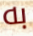
به